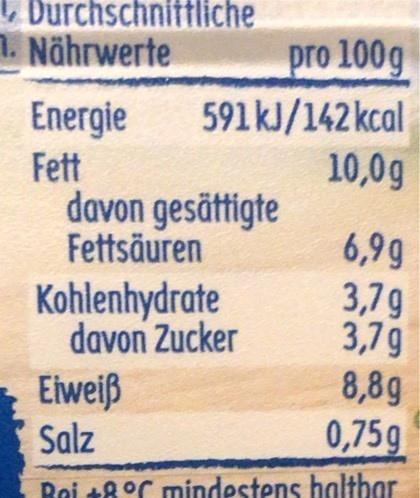
V Durchschnittliche
1. Nährwerte
Energie Fett davon gesättigte Fettsäuren
pro 100g 591 kJ/142 kcal 10,0g
6,9g 3,7g 3,79 8,8g 0,75g
Kohlenhydrate davon Zucker
Eiweiß Salz
Roi +8°C mindestens haltbar